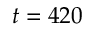
t = 4 2 0